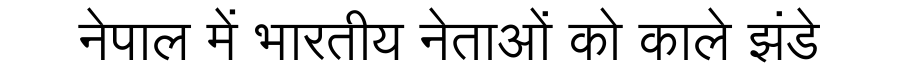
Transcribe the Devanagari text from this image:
नेपाल में भारतीय नेताओं को काले झंडे